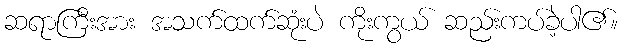
ဆရာကြီးအား အသက်ထက်ဆုံးပဲ ကိုးကွယ် ဆည်းကပ်ခဲ့ပါ၏။